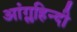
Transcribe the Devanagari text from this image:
आंग्लहिन्दी